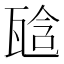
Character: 𤭙